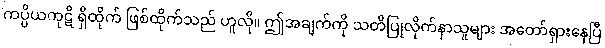
ကပ္ပိယကုဋိ ရှိထိုက် ဖြစ်ထိုက်သည် ဟူလို။ ဤအချက်ကို သတိပြုလိုက်နာသူများ အတော်ရှားနေပြီ